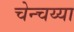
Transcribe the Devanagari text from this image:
चेन्चय्या